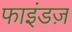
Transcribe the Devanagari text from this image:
फाइंडज़